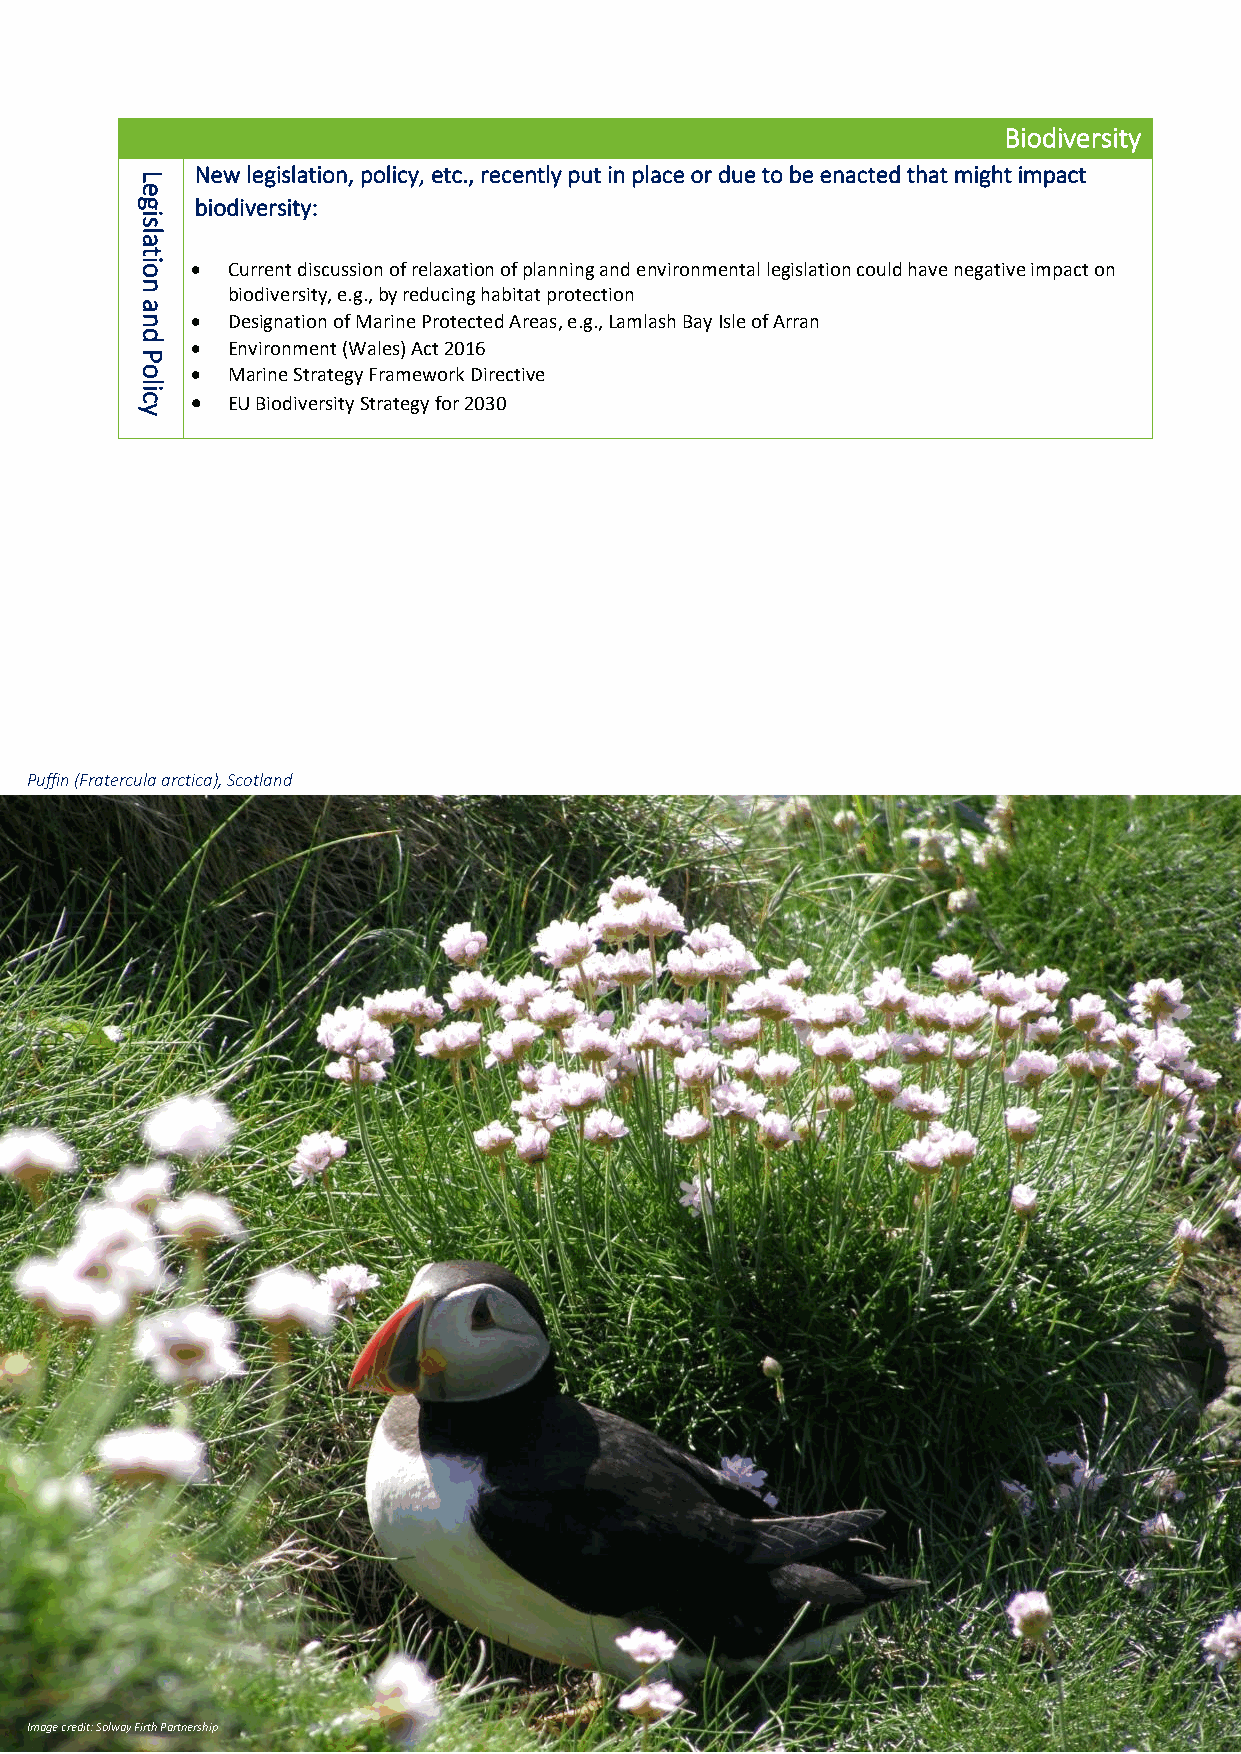
Biodiversity
 New legislation, policy, etc., recently put in place or due to be enacted that might impact
 L
 e
 g   biodiversity:
 i
 s
 la
 t
 io  • Current discussion of relaxation of planning and environmental legislation could have negative impact on
 n
 biodiversity, e.g., by reducing habitat protection
 a
 n   • Designation of Marine Protected Areas, e.g., Lamlash Bay Isle of Arran
 d
 • Environment (Wales) Act 2016
 P
 o   • Marine Strategy Framework Directive
 lic
 • EU Biodiversity Strategy for 2030
 y
 Puffin (Fratercula arctica), Scotland
 Image credit: Solway Firth Partnership